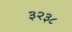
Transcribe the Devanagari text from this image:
३२३८